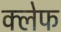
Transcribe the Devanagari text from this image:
क्लेफ